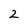
Character: 2